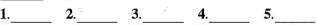
1.___2.___3.___4.___5.___